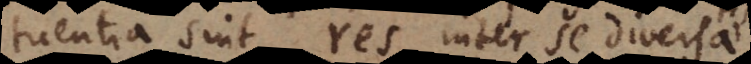
constituentia sint res inter se diversae,